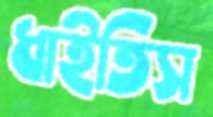
ধাইতিস